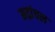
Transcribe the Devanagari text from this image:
मद्रांचल